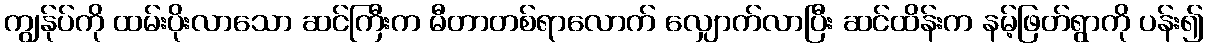
ကျွန်ုပ်ကို ထမ်းပိုးလာသော ဆင်ကြီးက မီတာတစ်ရာလောက် လျှောက်လာပြီး ဆင်ထိန်းက နမ့်ဖြတ်ရွာကို ပန်း၍